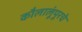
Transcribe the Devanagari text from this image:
कौलालूंपूरचे